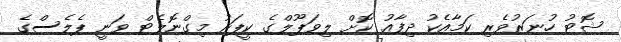
ޝޮޓު ހުނަރުވެރި ކަމާއެކު ދިފާއު ކޮށް ލިވަޕޫލްގެ ކީޕަރު މިގްނޮލެޓް ވަނީ ޕެލެސްގެ